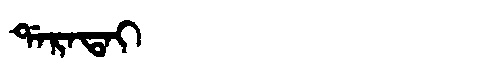
Manchu: ᡩᠠᡵᠠᡨᠠᡳ
Romanization: DARATAI